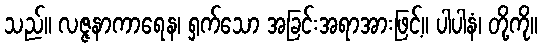
သည်။ လဇ္ဇနာကာရေန၊ ရှက်သော အခြင်းအရာအားဖြင့်။ ပါပါနံ၊ တို့ကို။